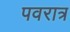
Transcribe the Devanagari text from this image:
पवरात्र